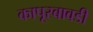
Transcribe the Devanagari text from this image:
कापूरबावडी